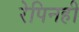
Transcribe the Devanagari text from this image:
रेपिनही